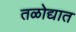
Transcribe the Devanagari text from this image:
तळोद्यात